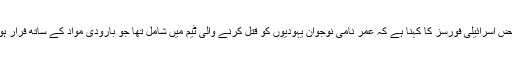
دوسری جانب قابض اسرائیلی فورسز کا کہنا ہے کہ عمر نامی نوجوان یہودیوں کو قتل کرنے والی ٹیم میں شامل تھا جو بارودی مواد کے ساتھ فرار ہوکر چھپ گیا تھا۔